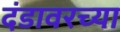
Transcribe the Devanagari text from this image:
दंडावरच्या